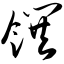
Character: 馔